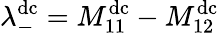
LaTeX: \lambda_{-}^{\mathrm{dc}}={M_{11}^{\mathrm{dc}}-M_{12}^{\mathrm{dc}}}